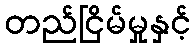
တည်ငြိမ်မှုနှင့်